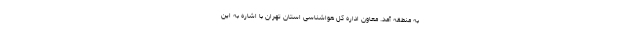
به منطقه آمد. معاون اداره کل هواشناسی استان تهران با اشاره به این